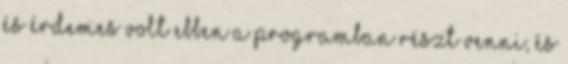
és érdemes volt ebben a programban részt venni, és